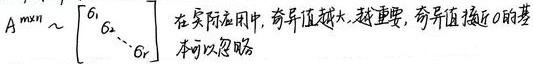
\(A^{m \times n} \sim \begin{bmatrix}\sigma_{1} & & \\ & \ddots & \\ & & \sigma_{r}\end{bmatrix}\)。在实际应用中，奇异值越大，越重要，奇异值接近\(0\)的基本可以忽略。